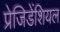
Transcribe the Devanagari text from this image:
प्रेजिडेंशियल